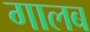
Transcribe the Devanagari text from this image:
गालब